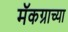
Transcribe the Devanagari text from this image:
मॅकग्राच्या